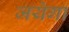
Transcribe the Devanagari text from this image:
जयेगा